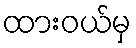
ထားဝယ်မှ